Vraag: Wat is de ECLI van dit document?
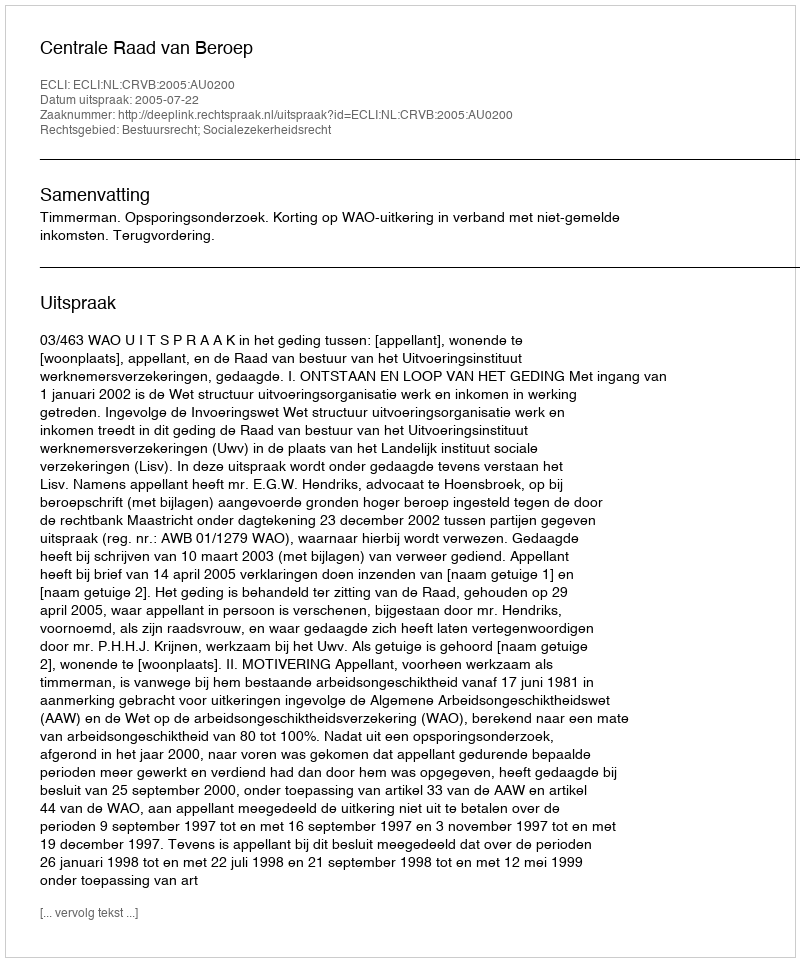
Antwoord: ECLI:NL:CRVB:2005:AU0200